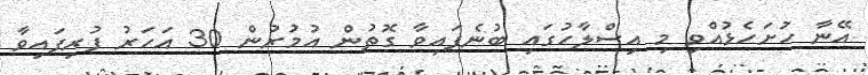
އޭނާ ހުށަހެޅުއްވި މި އިސްލާހުގައި ބުނެފައިވާ ގޮތުން އުމުރުން 30 އަހަރު ފުރިފައިވާ